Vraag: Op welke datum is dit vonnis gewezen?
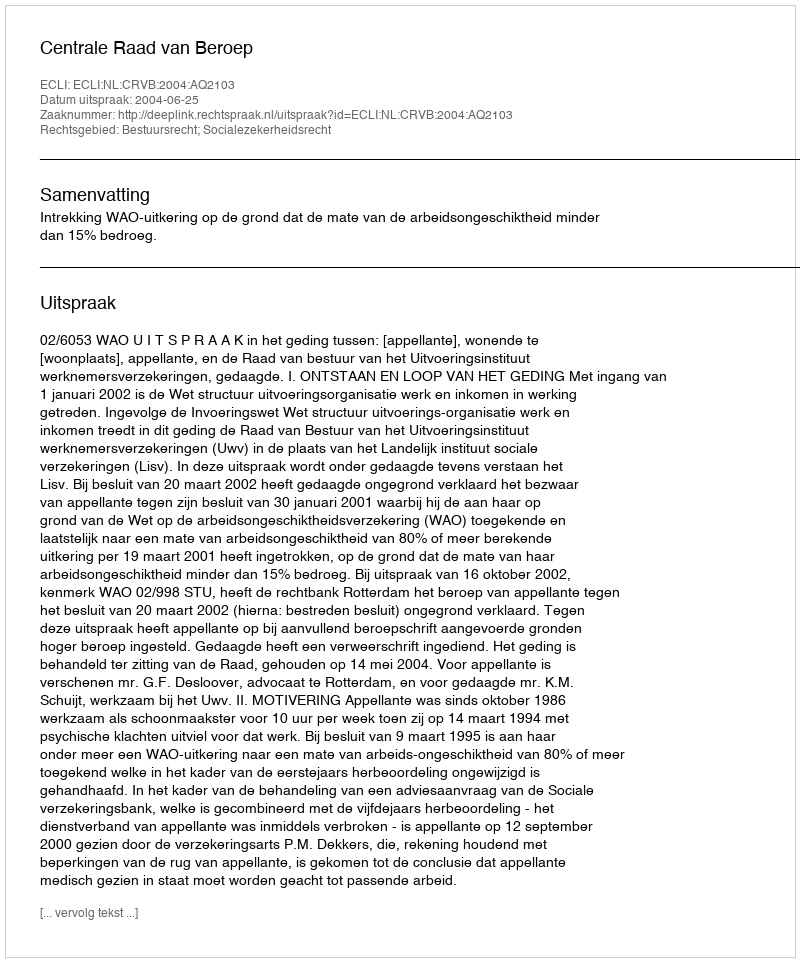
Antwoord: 2004-06-25